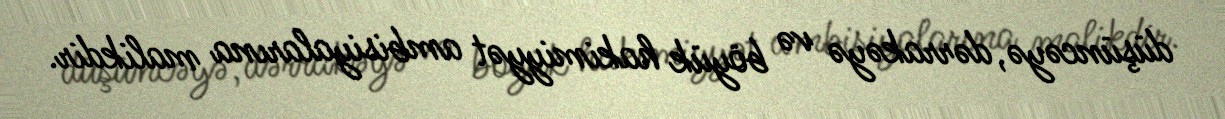
düşüncəyə, dərrakəyə və böyük hakimiyyət ambisiyalarına malikdir.